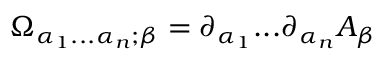
\Omega _ { \alpha _ { 1 } . . . \alpha _ { n } ; \beta } = \partial _ { \alpha _ { 1 } } . . . \partial _ { \alpha _ { n } } A _ { \beta }